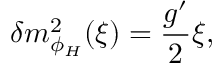
\delta m _ { \phi _ { H } } ^ { 2 } ( \xi ) = { \frac { g ^ { \prime } } { 2 } } \xi ,